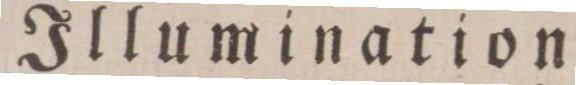
Illumination